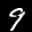
Label: 9